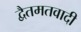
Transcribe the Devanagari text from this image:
द्वैतमतवादी